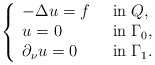
\begin{align*}\left\{\begin{array}{lll}-\Delta u = f \;\; &\mbox{in}\; Q, \\u =0 &\mbox{in}\; \Gamma_0 , \\\partial _\nu u=0 &\mbox{in}\; \Gamma_1 .\end{array}\right.\end{align*}